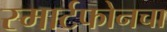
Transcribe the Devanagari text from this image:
स्मार्टफोनचा